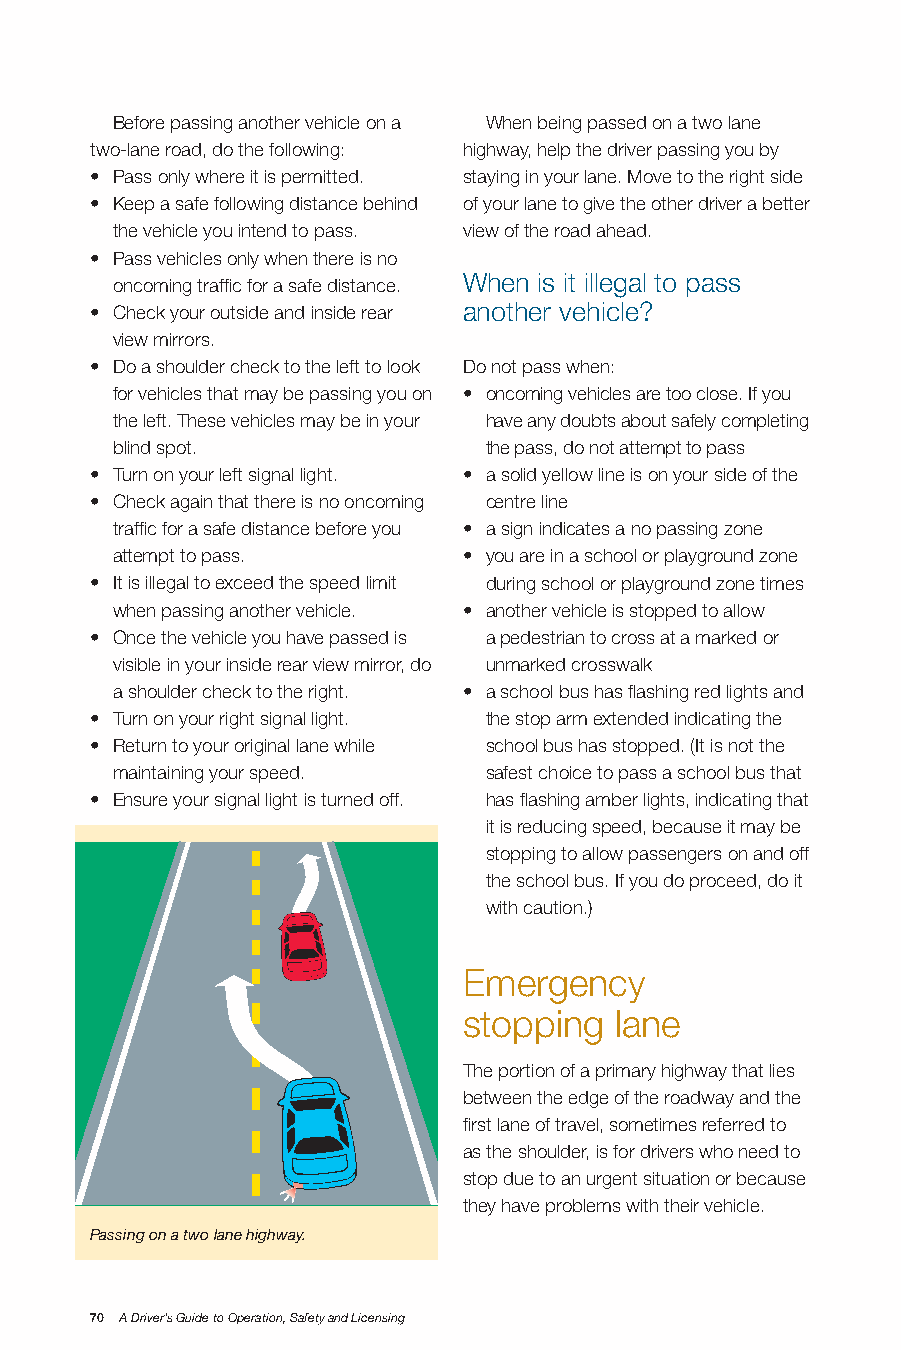
Before passing another vehicle on a When being passed on a two lane
 two-lane road, do the following: highway, help the driver passing you by
 • Pass only where it is permitted. staying in your lane. Move to the right side
 • Keep a safe following distance behind of your lane to give the other driver a better
 the vehicle you intend to pass. view of the road ahead.
 • Pass vehicles only when there is no
 When is it illegal to pass
 oncoming traffic for a safe distance.
 • Check your outside and inside rear another vehicle?
 view mirrors.
 • Do a shoulder check to the left to look Do not pass when:
 for vehicles that may be passing you on • oncoming vehicles are too close. If you
 the left. These vehicles may be in your have any doubts about safely completing
 blind spot.              the pass, do not attempt to pass
 • Turn on your left signal light. • a solid yellow line is on your side of the
 • Check again that there is no oncoming centre line
 traffic for a safe distance before you • a sign indicates a no passing zone
 attempt to pass.        • you are in a school or playground zone
 • It is illegal to exceed the speed limit during school or playground zone times
 when passing another vehicle. • another vehicle is stopped to allow
 • Once the vehicle you have passed is a pedestrian to cross at a marked or
 visible in your inside rear view mirror, do unmarked crosswalk
 a shoulder check to the right. • a school bus has flashing red lights and
 • Turn on your right signal light. the stop arm extended indicating the
 • Return to your original lane while school bus has stopped. (It is not the
 maintaining your speed.  safest choice to pass a school bus that
 • Ensure your signal light is turned off. has flashing amber lights, indicating that
 it is reducing speed, because it may be
 stopping to allow passengers on and off
 the school bus. If you do proceed, do it
 with caution.)
 Emergency
 stopping  lane
 The portion of a primary highway that lies
 between the edge of the roadway and the
 first lane of travel, sometimes referred to
 as the shoulder, is for drivers who need to
 stop due to an urgent situation or because
 they have problems with their vehicle.
 Passing on a two lane highway.
 70 A Driver’s Guide to Operation, Safety and Licensing